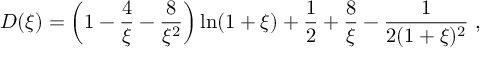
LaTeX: D ( \xi ) = \left( 1 - \frac { 4 } { \xi } - \frac { 8 } { \xi ^ { 2 } } \right) \ln ( 1 + \xi ) + \frac { 1 } { 2 } + \frac { 8 } { \xi } - \frac { 1 } { 2 ( 1 + \xi ) ^ { 2 } } \; ,